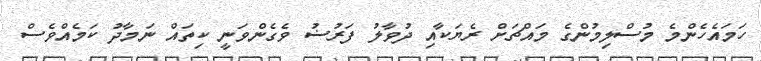
ހަމައެހެންމެ މުސްލިމުންގެ މައްޗަށް ރެޔަކާއި ދުވާލު ފަރުޟު ވެގެންވަނީ ކިތައް ނަމާދު ކަމެއްވެސް